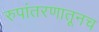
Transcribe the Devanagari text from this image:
रुपांतरणातूनच